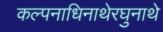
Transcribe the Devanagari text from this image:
कल्पनाधिनाथेरघुनाथे